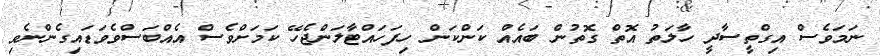
ނަމަވެސް އިގްތީސާދީ ހާލަތު އޮތް ގޮތުން ބައެއް ކަންކަން ހިފަހައްޓާލަންޖެހޭ ކަމަށްވެސް އެއްބަސްވެވަޑައިގެންނެވި